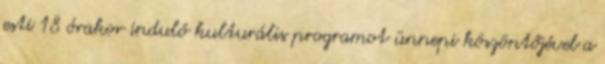
esti 18 órakor induló kulturális programot ünnepi köszöntőjével a